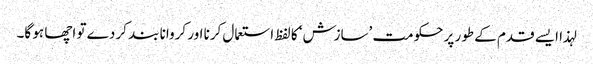
لہذا ایسے قدم کے طور پر حکومت ’سازش‘ کا لفظ استعمال کرنا اور کروانا بند کر دے تو اچھا ہو گا۔